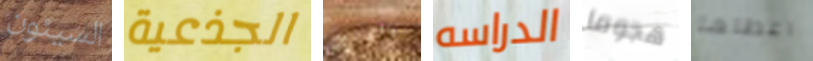
السيئون الجذعية بالضرب الدراسه هجوما اعطاها